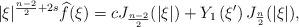
LaTeX: \begin{align*}|\xi|^{\frac{n-2}{2}+2s}\widehat{f}(\xi)=cJ_{\frac{n-2}{2}}(|\xi|)+Y_1\left(\xi'\right)J_{\frac{n}{2}}(|\xi|),\end{align*}